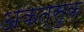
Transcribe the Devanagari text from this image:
अकत्सुक